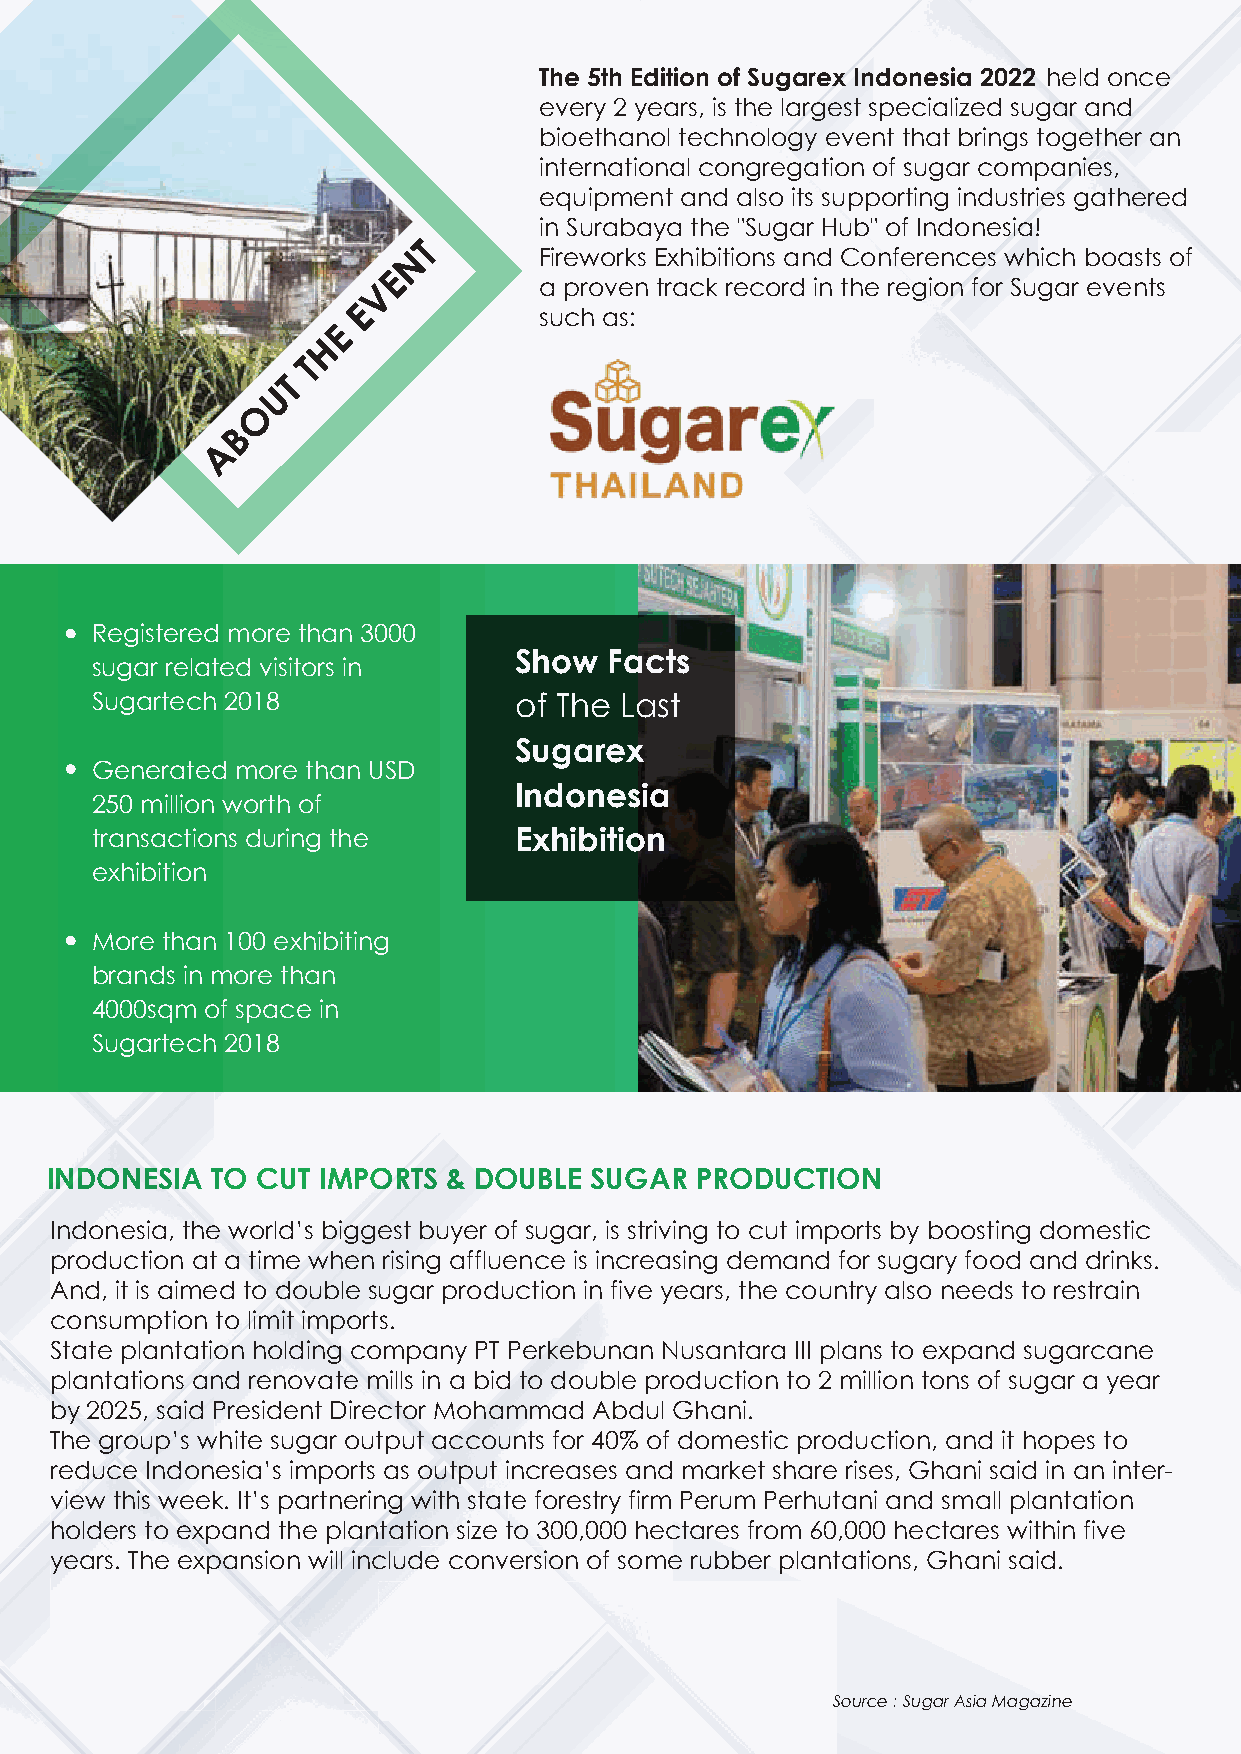
The 5th Edition of Sugarex Indonesia 2022 held once
 every 2 years, is the largest specialized sugar and
 bioethanol technology event that brings together an
 international congregation of sugar companies,
 equipment and also its supporting industries gathered
 in Surabaya the "Sugar Hub" of Indonesia!
 T
 N        Fireworks Exhibitions and Conferences which boasts of
 E
 V          a proven track record in the region for Sugar events
 E
 such as:
 E
 H
 T
 T
 U
 O
 B
 A
 Registered more than 3000
 Show  Facts
 sugar related visitors in
 Sugartech 2018              of The Last
 Sugarex
 Generated more than USD
 Indonesia
 250 million worth of
 transactions during the     Exhibition
 exhibition
 More than 100 exhibiting
 brands in more than
 4000sqm of space in
 Sugartech 2018
 INDONESIA  TO CUT IMPORTS  & DOUBLE SUGAR  PRODUCTION
 Indonesia, the world’s biggest buyer of sugar, is striving to cut imports by boosting domestic
 production at a time when rising affluence is increasing demand for sugary food and drinks.
 And, it is aimed to double sugar production in five years, the country also needs to restrain
 consumption to limit imports.
 State plantation holding company PT Perkebunan Nusantara III plans to expand sugarcane
 plantations and renovate mills in a bid to double production to 2 million tons of sugar a year
 by 2025, said President Director Mohammad Abdul Ghani.
 The group’s white sugar output accounts for 40% of domestic production, and it hopes to
 reduce Indonesia’s imports as output increases and market share rises, Ghani said in an inter-
 view this week. It’s partnering with state forestry firm Perum Perhutani and small plantation
 holders to expand the plantation size to 300,000 hectares from 60,000 hectares within five
 years. The expansion will include conversion of some rubber plantations, Ghani said.
 Source : Sugar Asia Magazine